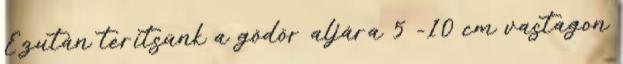
Ezután terítsünk a gödör aljára 5 -10 cm vastagon